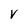
Character: v